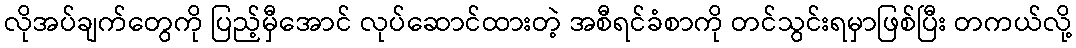
လိုအပ်ချက်တွေကို ပြည့်မှီအောင် လုပ်ဆောင်ထားတဲ့ အစီရင်ခံစာကို တင်သွင်းရမှာဖြစ်ပြီး တကယ်လို့